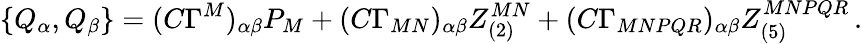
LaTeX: \{ Q_{\alpha},Q_{\beta}\} =(C\Gamma^{M})_{\alpha\beta}P_{M}+(C\Gamma_{MN})_{\alpha\beta}Z_{(2)}^{MN}+(C\Gamma_{MNPQR})_{\alpha\beta}Z_{(5)}^{MNPQR}\, .